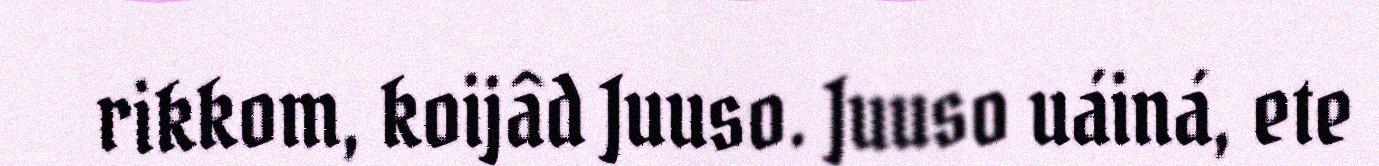
rikkom, koijâd Juuso. Juuso uáiná, ete